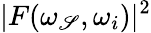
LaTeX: |F(\omega_{\mathscr{S}},\omega_{i})|^{2}